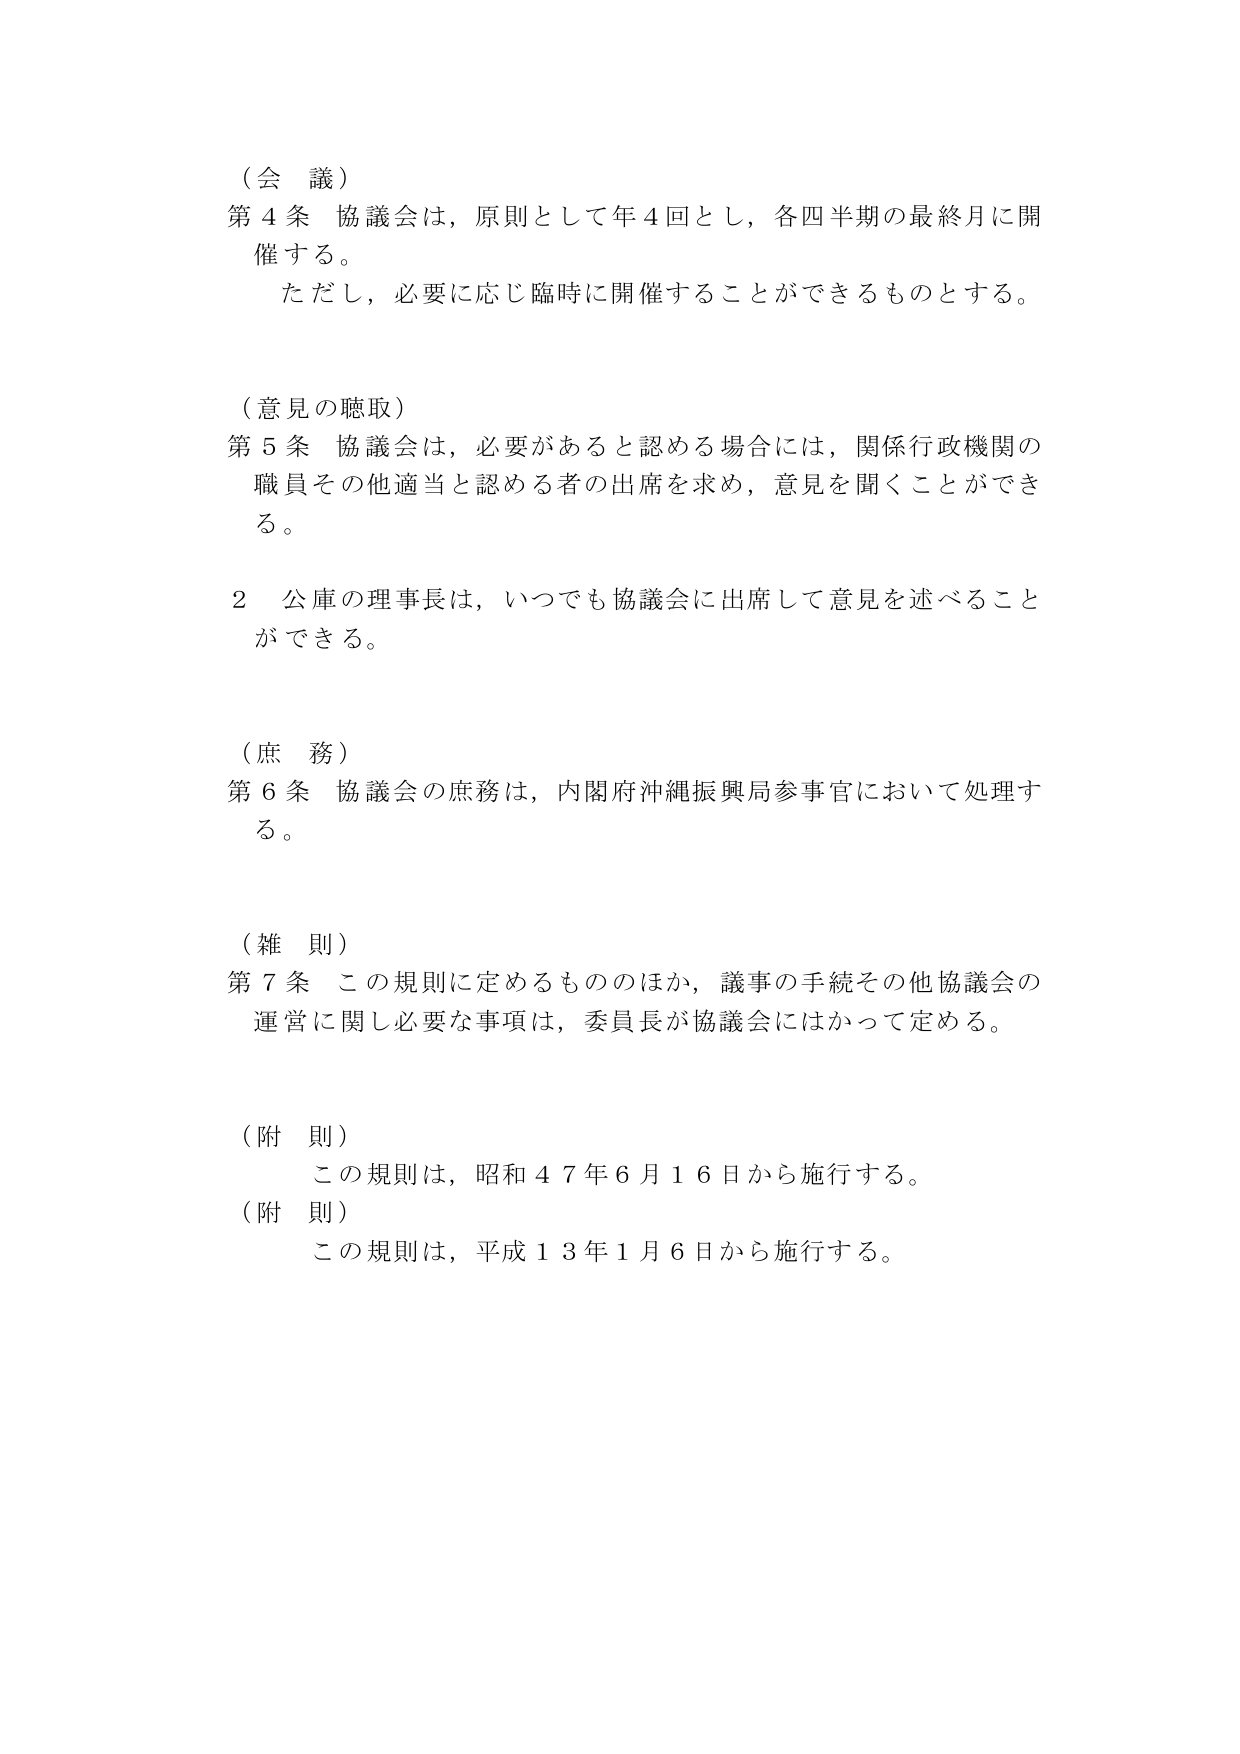
（会 議）
第４条 協議会は，原則として年４回とし，各四半期の最終月に開催する。
　ただし，必要に応じ臨時に開催することができるものとする。

（意見の聴取）
第５条 協議会は，必要があると認める場合には，関係行政機関の職員その他適当と認める者の出席を求め，意見を聞くことができる。
　２ 公庫の理事長は，いつでも協議会に出席して意見を述べることができる。

（庶 務）
第６条 協議会の庶務は，内閣府沖縄振興局参事官において処理する。

（雑 則）
第７条 この規則に定めるもののほか，議事の手続その他協議会の運営に関し必要な事項は，委員長が協議会にはかって定める。

（附 則）
　この規則は，昭和４７年６月１６日から施行する。
（附 則）
　この規則は，平成１３年１月６日から施行する。